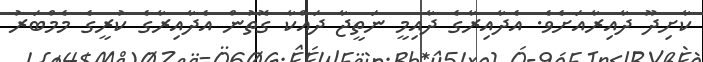
ކާށިދޫ ދާއިރާއަށެވެ. އެދާއިރާގެ ދާއިމީ ނަތީޖާ ދައްކާ ގޮތުން އެދާއިރާގެ ކުރީގެ މެމްބަރު